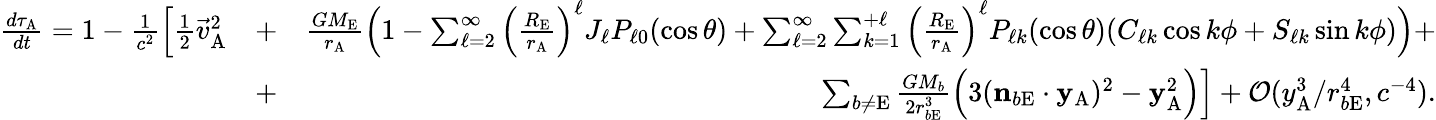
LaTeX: \begin{array}{rlr}{\frac{d\tau_{\mathrm{A}}}{dt}=1-\frac{1}{c^{2}}\Big[{\textstyle\frac{1}{2}}{\vec{v}}_{\mathrm{A}}^{2}}&{+}&{\frac{GM_{\mathrm{E}}}{r_{\mathrm{A}}}\Big(1-\sum_{\ell=2}^{\infty}\Big(\frac{R_{\mathrm{E}}}{r_{\mathrm{A}}}\Big)^{\ell}J_{\ell}P_{\ell 0}(\cos\theta)+\sum_{\ell=2}^{\infty}\sum_{k=1}^{+\ell}\Big(\frac{R_{\mathrm{E}}}{r_{\mathrm{A}}}\Big)^{\ell}P_{\ell k}(\cos\theta)(C_{\ell k}\cos k\phi+S_{\ell k}\sin k\phi)\Big)+}\\ &{+}&{\sum_{b\not=\mathrm{E}}\frac{GM_{b}}{2r_{b\mathrm{E}}^{3}}\Big(3(\boldsymbol{\mathrm{n}}_{b\mathrm{E}}\cdot\boldsymbol{\mathrm{y}}_{\mathrm{A}})^{2}-\boldsymbol{\mathrm{y}}_{\mathrm{A}}^{2}\Big)\Big]+{\cal O}({y_{\mathrm{A}}^{3}/r_{b\mathrm{E}}^{4},c^{-4}}).}\end{array}